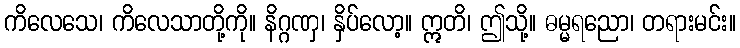
ကိလေသေ၊ ကိလေသာတို့ကို။ နိဂ္ဂဏှ၊ နှိပ်လော့။ ဣတိ၊ ဤသို့။ ဓမ္မရညော၊ တရားမင်း။